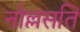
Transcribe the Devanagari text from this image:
नोल्लसति